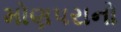
મોણપરાનો